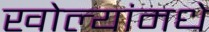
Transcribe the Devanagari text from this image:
खोल्यांमधे